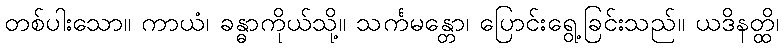
တစ်ပါးသော။ ကာယံ၊ ခန္ဓာကိုယ်သို့။ သင်္ကမန္တော၊ ပြောင်းရွေ့ခြင်းသည်။ ယဒိနတ္ထိ၊